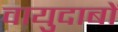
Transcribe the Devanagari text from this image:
वायुदाबों